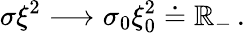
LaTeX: \sigma\xi^{2}\longrightarrow\sigma_{0}\xi_{0}^{2}\doteq\mathbb{R}_{-}\, .